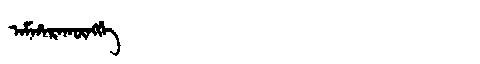
Manchu: ᠠᠮᡥᠠᡵᠠᡴᡡᠩᡤᡝ
Romanization: AMHARAKŪNGGE